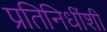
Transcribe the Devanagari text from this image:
प्रतिनिधींशी